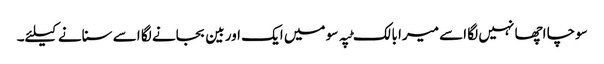
سوچا اچھا نہیں لگا اسے میرا بالک ٹپہ سو میں ایک اور بین بجانے لگا اسے سنانے کیلئے۔